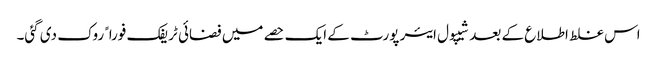
اس غلط اطلاع کے بعد شیپول ایئر پورٹ کے ایک حصے میں فضائی ٹریفک فوراﹰ روک دی گئی۔